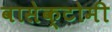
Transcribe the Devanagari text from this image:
वासेक्टोमी